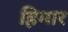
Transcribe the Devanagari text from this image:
हिमार